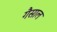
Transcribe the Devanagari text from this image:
गैसाल